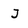
Character: J